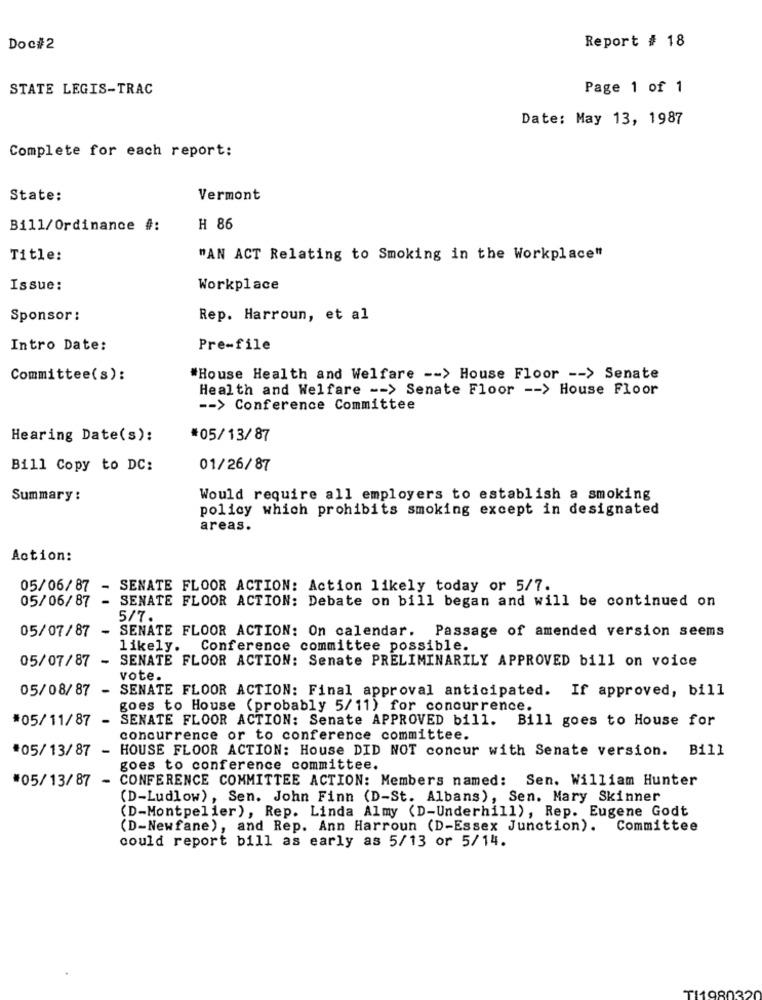
Report # 18
Doc#2
STATE LEGIS-TRAC
Page 1 of 1
Date: May 13, 1987
Complete for each report:
State:
Vermont
Bill/Ordinance #:
H 86
Title:
"AN ACT Relating to Smoking in the Workplace"
Issue:
Workplace
Sponsor :
Rep. Harroun, et al
Intro Date:
Pre-file
Committee(s):
"House Health and Welfare -- > House Floor -- > Senate
Health and Welfare -- > Senate Floor -- > House Floor
-- > Conference Committee
Hearing Date(s):
*05/13/87
Bill Copy to DC:
01/26/87
Summary :
Would require all employers to establish a smoking
policy which prohibits smoking except in designated
areas.
Action:
05/06/87 - SENATE FLOOR ACTION: Action likely today or 5/7.
05/06/87 - SENATE FLOOR ACTION: Debate on bill began and will be continued on
5/7.
05/07/87
-
SENATE FLOOR ACTION: On calendar. Passage of amended version seems
likely. Conference committee possible.
05/07/87
- SENATE FLOOR ACTION: Senate PRELIMINARILY APPROVED bill on voice
vote.
05/08/87 - SENATE FLOOR ACTION: Final approval anticipated. If approved, bill
goes to House (probably 5/11) for concurrence.
#05/11/87
-
SENATE FLOOR ACTION: Senate APPROVED bill.
Bill goes to House for
concurrence or to conference committee.
*05/13/87 -
HOUSE FLOOR ACTION: House DID NOT concur with Senate version. Bill
goes to conference committee.
#05/13/87 - CONFERENCE COMMITTEE ACTION: Members named: Sen. William Hunter
(D-Ludlow), Sen. John Finn (D-St. Albans), Sen. Mary Skinner
(D-Montpelier), Rep. Linda Almy (D-Underhill), Rep. Eugene Godt
(D-Newfane), and Rep. Ann Harroun (D-Essex Junction). Committee
could report bill as early as 5/13 or 5/14.
TI19803